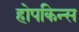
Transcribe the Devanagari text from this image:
होपकिन्स